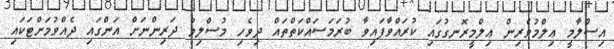
އިސްލާމީ ޢިލްމުވެރިން ޢިލްމީރޮނގުގައި ކުރައްވާފައިވާ ބުރަމަސައްކަތްތައް ދިވެހި މުސްލިމު ދަރިންނަށް އަންގައި ދެއްވުމަށްޓަކައި